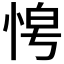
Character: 𭜿